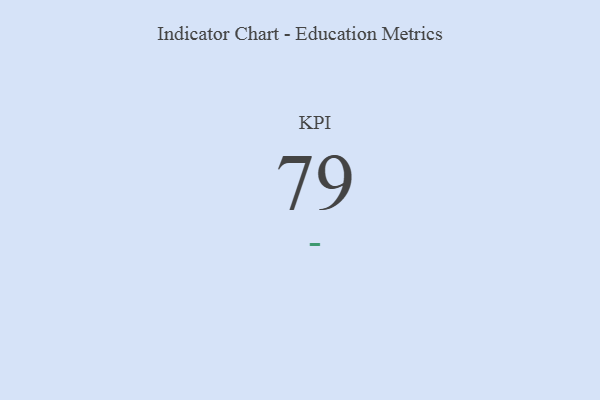
{"axis": {"x": "KPI", "y": "Value"}, "legend": [""], "data": [{"x": "KPI", "y": 79, "type": ""}]}